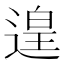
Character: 遑